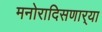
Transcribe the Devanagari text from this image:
मनोरादिसणार्‍या